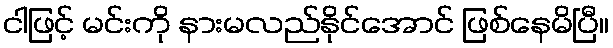
ငါဖြင့် မင်းကို နားမလည်နိုင်အောင် ဖြစ်နေမိပြီ။